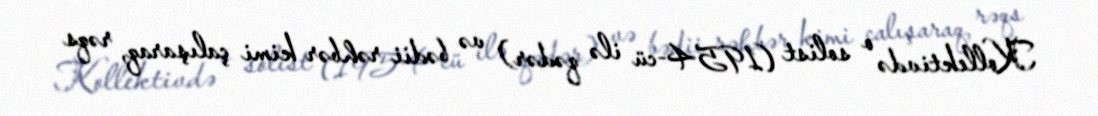
Kollektivdə o solist (1954-cü ilə qədər) və bədii rəhbər kimi çalışaraq, rəqs